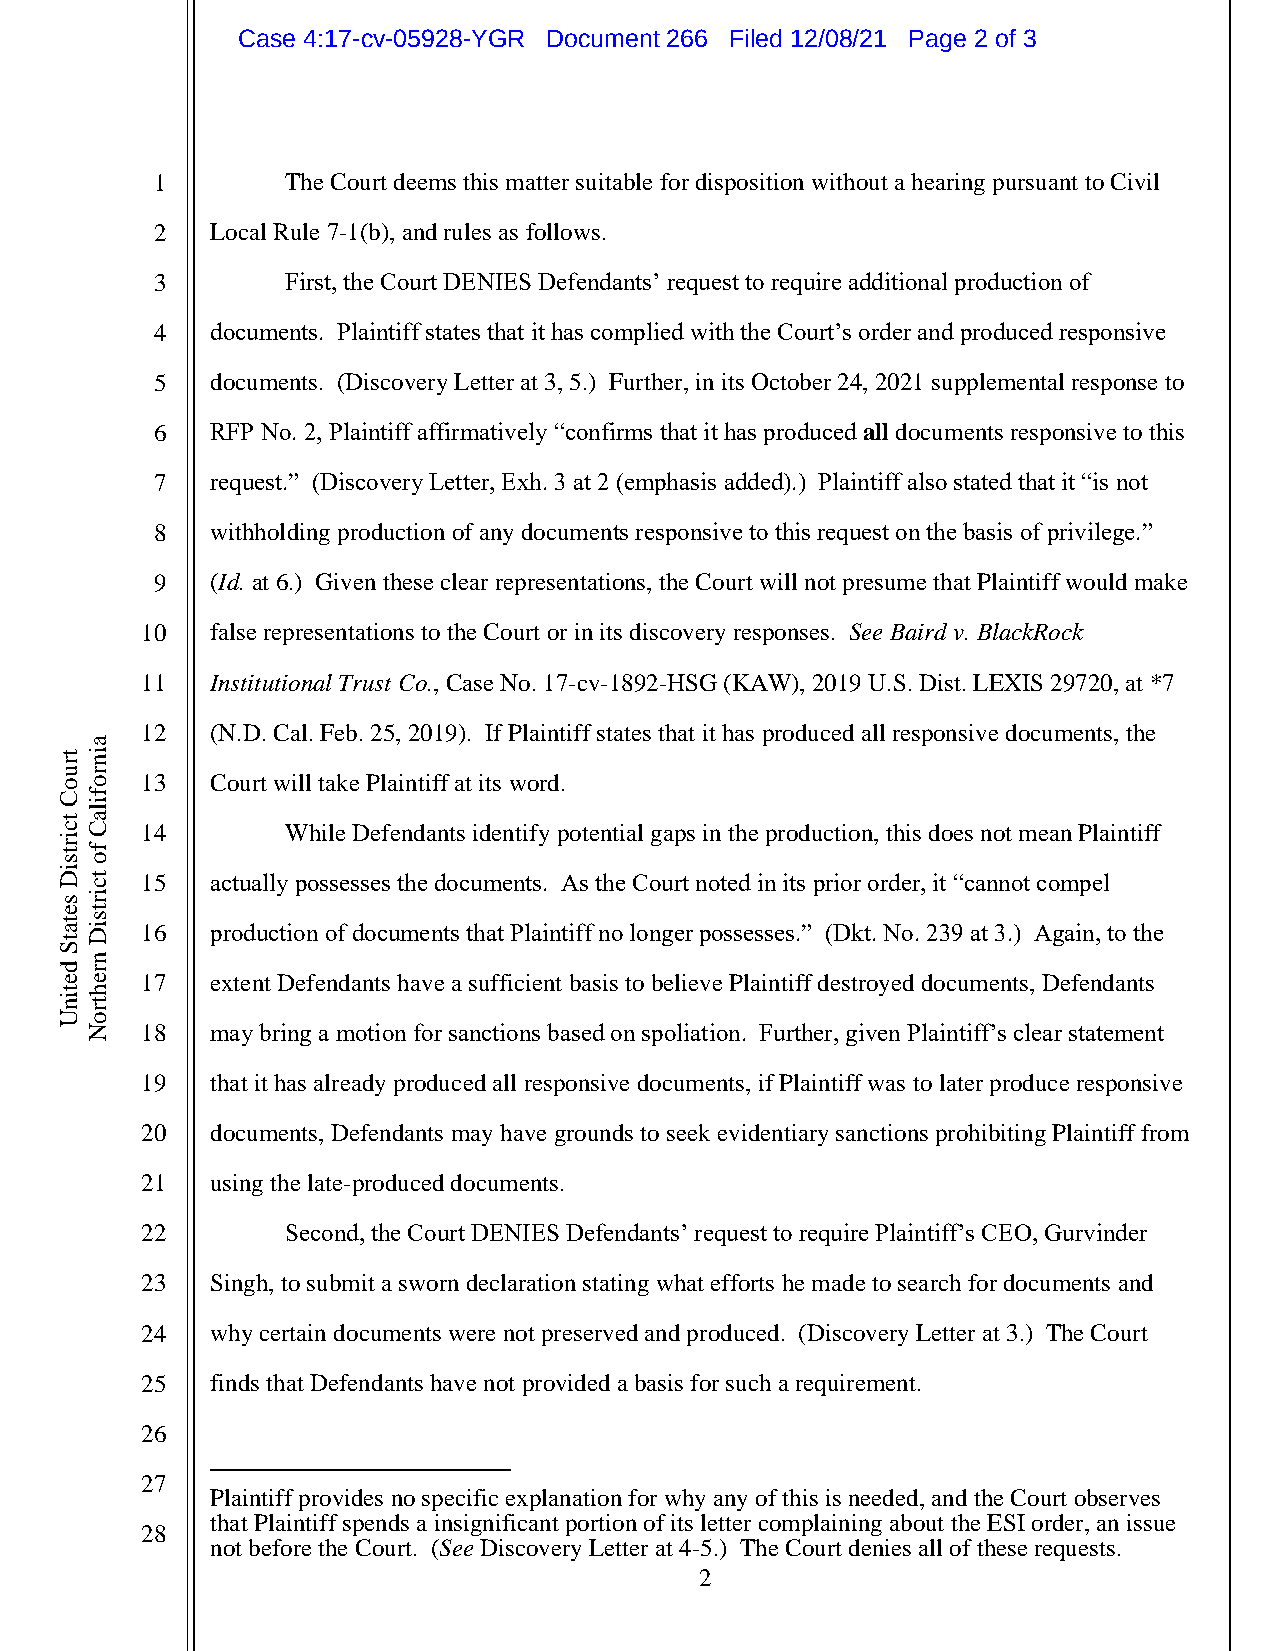
Case 4:17-cv-05928-YGR Document 266 Filed 12/08/21 Page 2 of 3
 1        The Court deems this matter suitable for disposition without a hearing pursuant to Civil
 2   Local Rule 7-1(b), and rules as follows.
 3        First, the Court DENIES Defendants’ request to require additional production of
 4   documents. Plaintiff states that it has complied with the Court’s order and produced responsive
 5   documents. (Discovery Letter at 3, 5.) Further, in its October 24, 2021 supplemental response to
 6   RFP No. 2, Plaintiff affirmatively “confirms that it has produced all documents responsive to this
 7   request.” (Discovery Letter, Exh. 3 at 2 (emphasis added).) Plaintiff also stated that it “is not
 8   withholding production of any documents responsive to this request on the basis of privilege.”
 9   (Id. at 6.) Given these clear representations, the Court will not presume that Plaintiff would make
 10   false representations to the Court or in its discovery responses. See Baird v. BlackRock
 11   Institutional Trust Co., Case No. 17-cv-1892-HSG (KAW), 2019 U.S. Dist. LEXIS 29720, at *7
 12   (N.D. Cal. Feb. 25, 2019). If Plaintiff states that it has produced all responsive documents, the
 a
 t r i n
 u or o 13 Court will take Plaintiff at its word.
 Cf
 i
 tl
 a
 cC   14        While Defendants identify potential gaps in the production, this does not mean Plaintiff
 i
 r t s f o
 i
 D t c 15  actually possesses the documents. As the Court noted in its prior order, it “cannot compel
 si
 r
 et
 t a ts i D 16 production of documents that Plaintiff no longer possesses.” (Dkt. No. 239 at 3.) Again, to the
 S
 d
 n
 r
 ee   17   extent Defendants have a sufficient basis to believe Plaintiff destroyed documents, Defendants
 th
 i nt
 r
 Uo
 N  18   may bring a motion for sanctions based on spoliation. Further, given Plaintiff’s clear statement
 19   that it has already produced all responsive documents, if Plaintiff was to later produce responsive
 20   documents, Defendants may have grounds to seek evidentiary sanctions prohibiting Plaintiff from
 21   using the late-produced documents.
 22        Second, the Court DENIES Defendants’ request to require Plaintiff’s CEO, Gurvinder
 23   Singh, to submit a sworn declaration stating what efforts he made to search for documents and
 24   why certain documents were not preserved and produced. (Discovery Letter at 3.) The Court
 25   finds that Defendants have not provided a basis for such a requirement.
 26
 27
 Plaintiff provides no specific explanation for why any of this is needed, and the Court observes
 that Plaintiff spends a insignificant portion of its letter complaining about the ESI order, an issue
 28
 not before the Court. (See Discovery Letter at 4-5.) The Court denies all of these requests.
 2